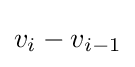
v_{i}-v_{i-1}